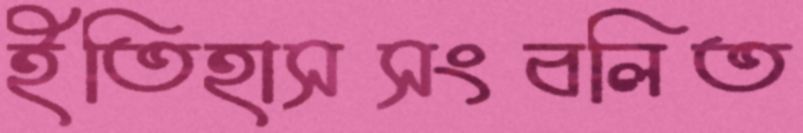
ইতিহাসসংবলিত